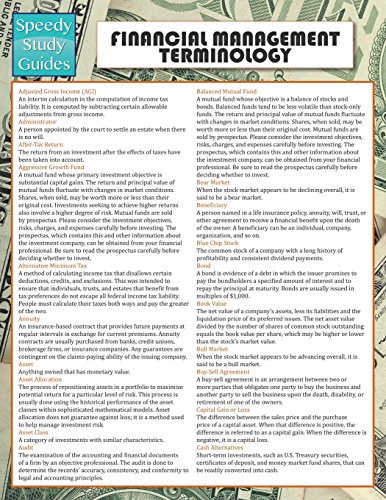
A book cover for Financial Management Terminology (Speedy Study Guide); Speedy Publishing LLC; Business & Money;